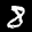
Label: 8